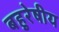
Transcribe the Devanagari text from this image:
बहुरेषीय